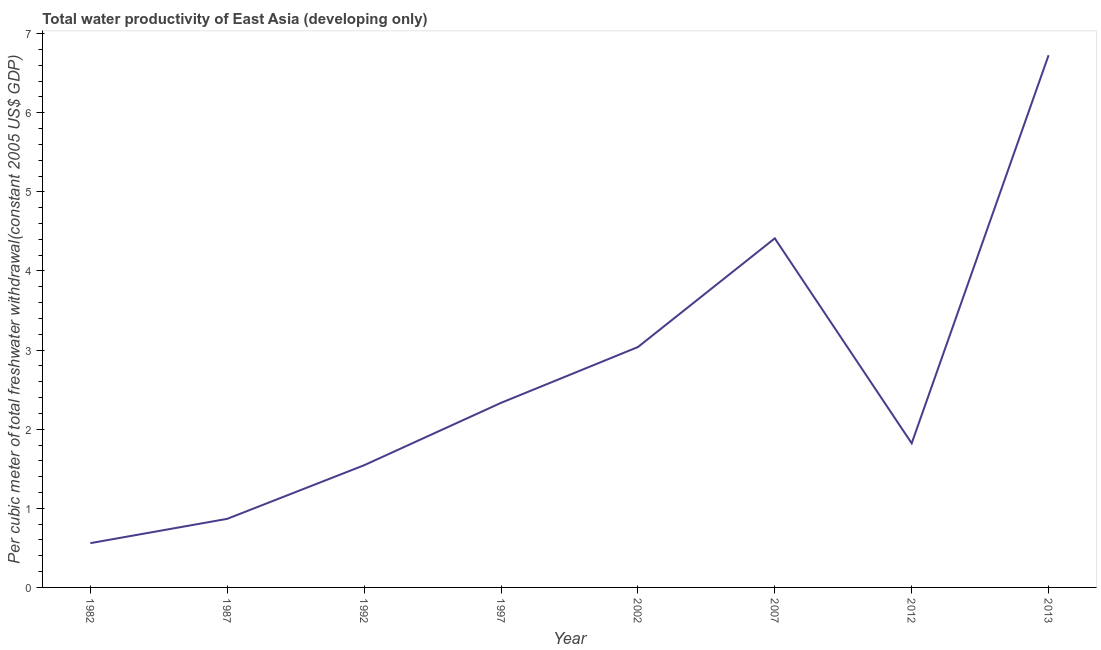
| Year | Water productivity |
 | --- | --- |
 | 1982 | 0.56 |
 | 1987 | 0.867 |
 | 1992 | 1.54 |
 | 1997 | 2.33 |
 | 2002 | 3.04 |
 | 2007 | 4.41 |
 | 2012 | 1.82 |
 | 2013 | 6.73 |